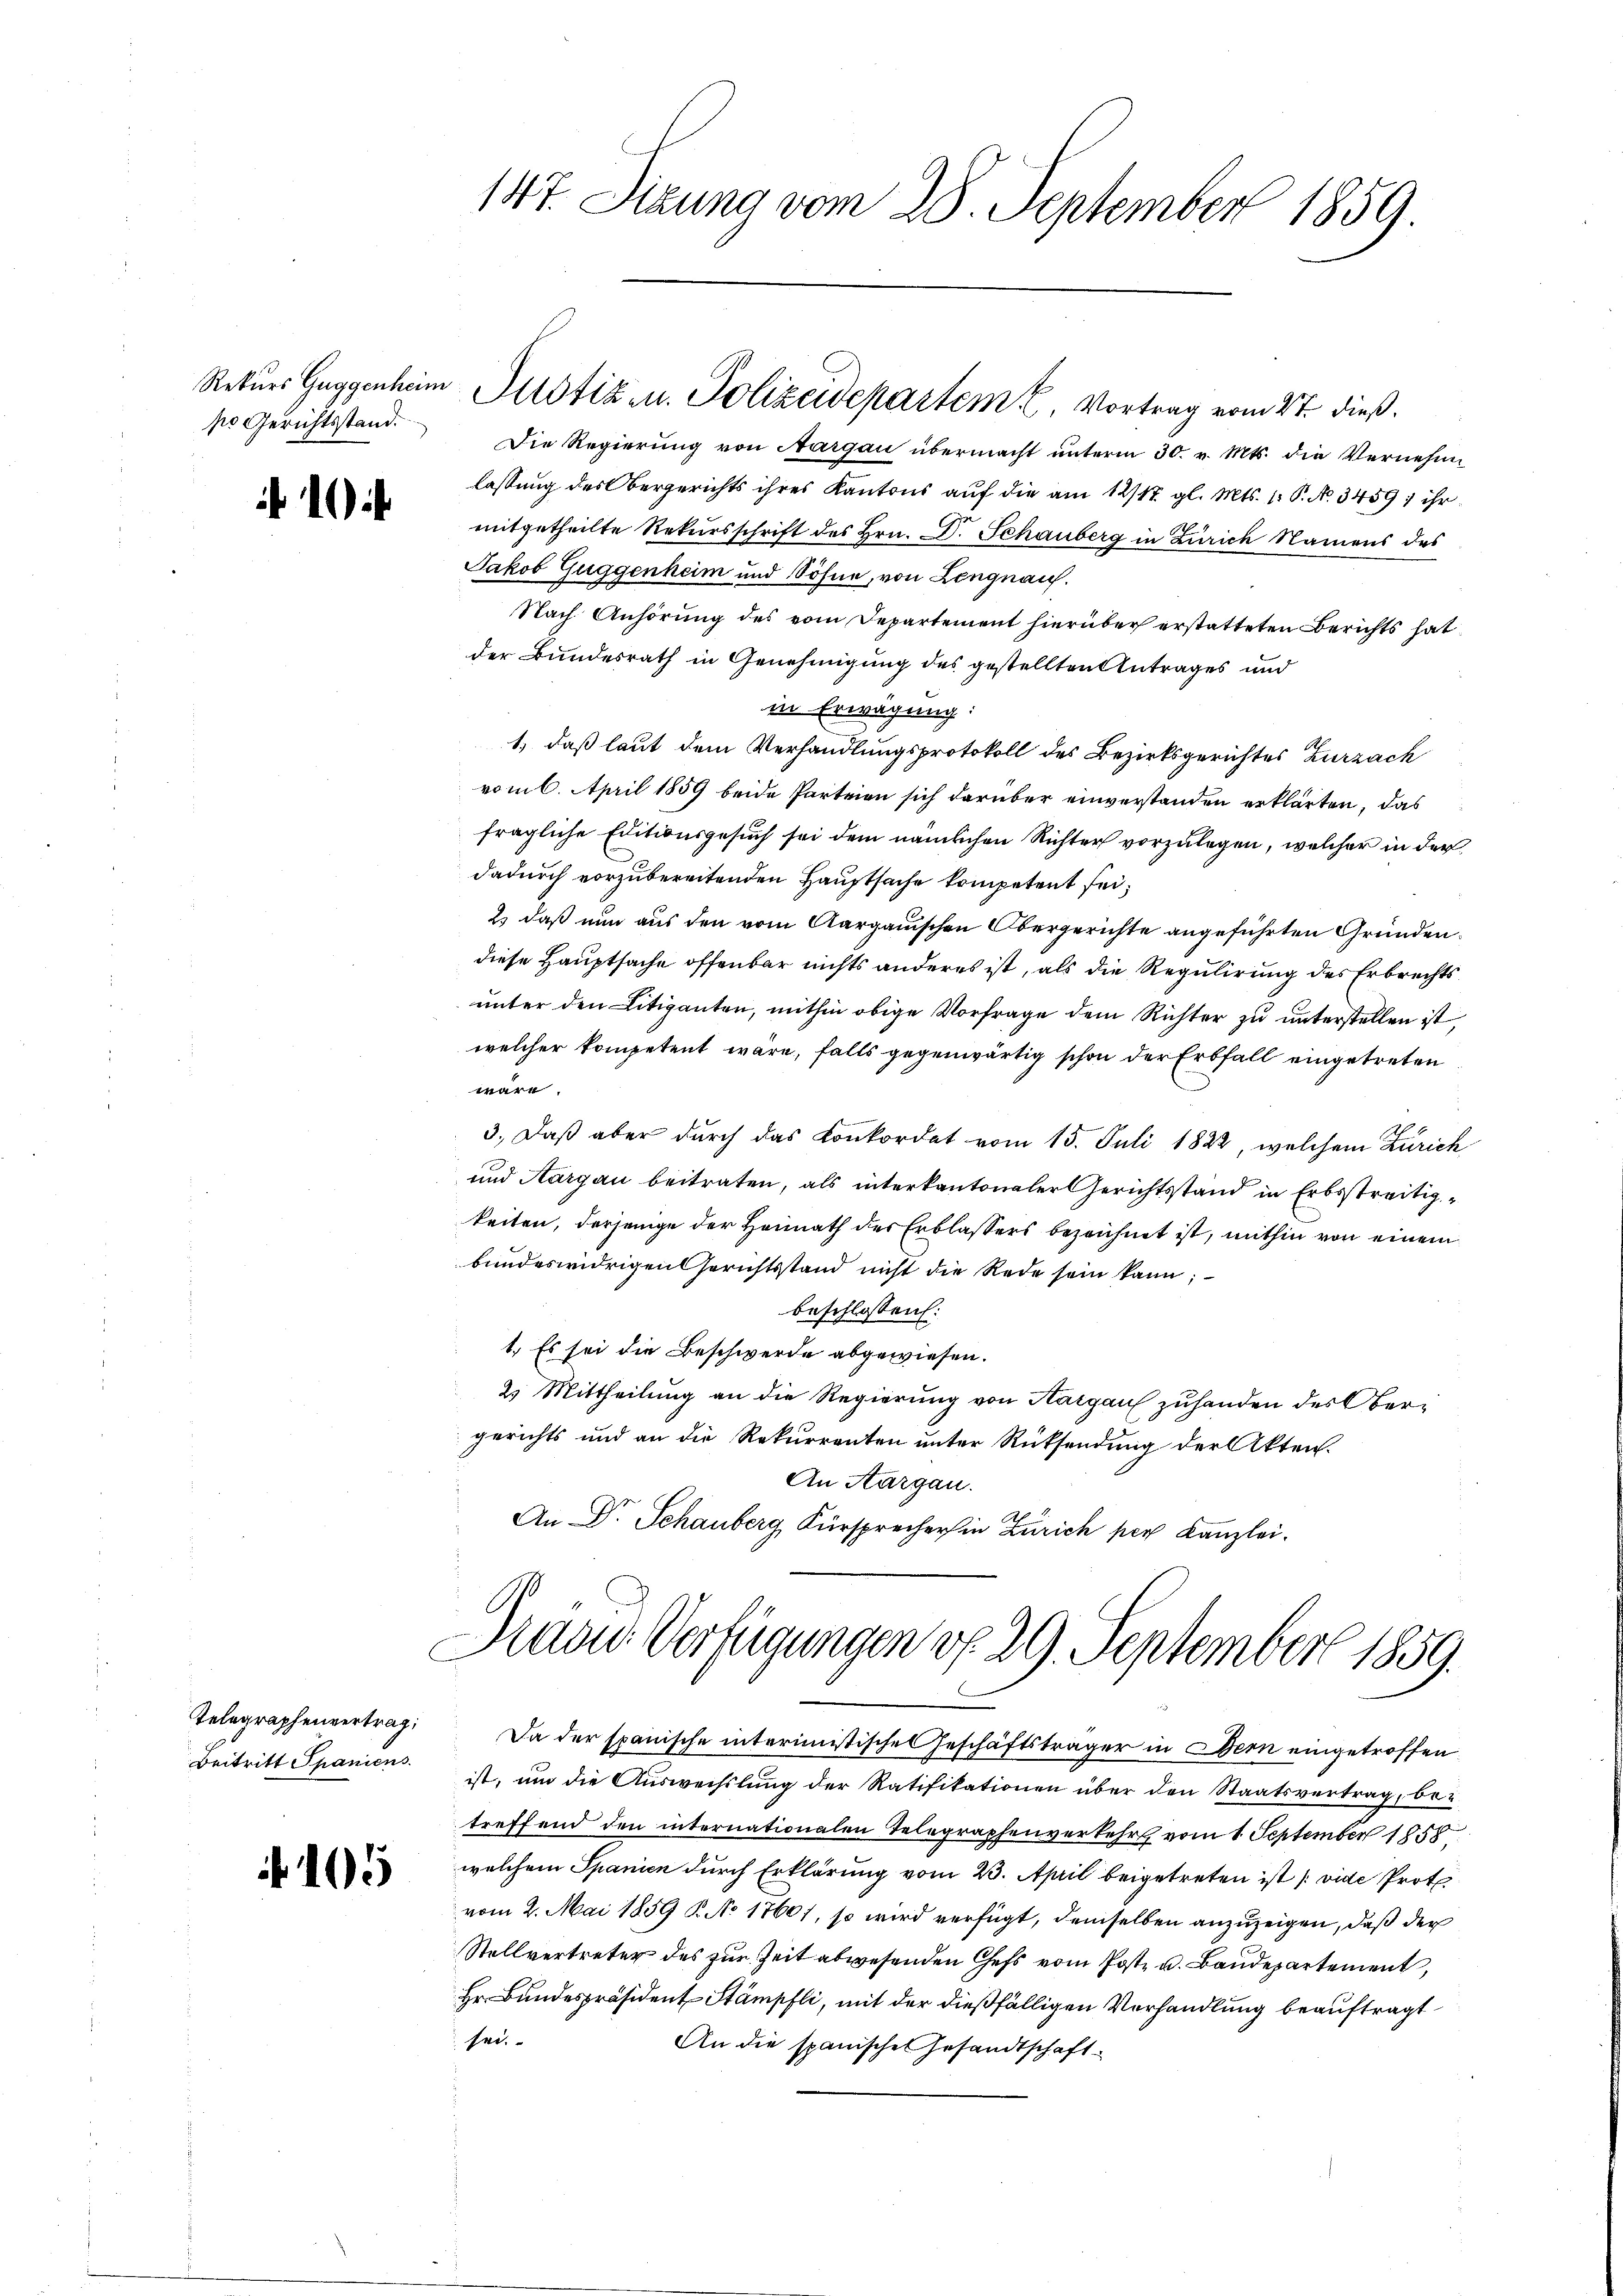
po Gerichtsstand.

10

Telegraphenvertrag:
Beitritt Spaniens

105

147. Sizung vom 28. September 1859.

Die Regierung von Aargau übermacht unterm 30. v. Mts. die Vernehme
lassung des Obergerichts ihres Kantons auf die am 12/12. gl. Mts. 1. P. No. 3459; ihr
mitgetheilte Rekursschrift des Hrn. Dr. Schauberg in Zürich Namens des
Jakob Guggenheim und Söhne, von Lengnauf.
Nach Anhörung des vom Departement hierüber erstatteten Berichts hat
der Bundesrath in Genehmigung des gestellten Antrages und
in Erwägung:
1) daß laut dem Verhandlungsprotokoll des Bezirksgerichtes Zurzach
vom 6. April 1859 beide Parteien sich darüber einverstanden erklärten, das
fragliche Editionsgesuch sei dem nämlichen Richter vorzulegen, welcher in der
dadurch vorzubereitenden Hauptsache kompetent sei,
2) daß nun aus den vom Aargauischen Obergerichte angeführten Gründendiese Hauptsache offenbar nichts anderes ist, als die Regulirung des Erbrechtsunter den Litiganten, mithin obige Vorfrage dem Richter zu unterstellen ist,
welcher kompetent wäre, falls gegenwärtig schon der Erbfall eingetreten
wäre.
3.) Daß aber durch das Konkordat vom 15. Juli 1822, welchem Zürich
und Aargau beitraten, als interkantonaler Gerichtsstand in Erbsstreitigkeiten, derjenige der Heimath der Erblassers bezeichnet ist, mithin von einem
bundeswidrigen Gerichtsstand nicht die Rede sein kann;
beschlossen:
1. Es sei die Beschwerde abgewiesen.
2. Mittheilung an die Regierung von Hargau zuhanden des Obergerichts und an die Rekurrenten unter Rücksendung der Akten.
An Aargau.
An Dr. Schauberg, Fürsprecher in Zürich per Kanzlei.

Rekurs Guggenheim Justiz u. Polizeidepartem 16. Vortrag vom 2ten dieß.

Rasu- Verfügungen d. 29. September 1859.

Da der spanische interimistisches Geschäftsträger in Bern eingetroffen
ist, um die Auswechslung der Ratifikationen über den Staatsvertrag, be-
treffend den internationalen Telegraphenverkehr vom 1. September 1858
welchem Spanien durch Erklärung vom 23. April beigetreten ist (vide Prot
vom 2. Mai 1859 B. No 17601, so wird verfügt, demselben anzuzeigen, daß der
Stellvertreter des zur Zeit abwesenden Chefs vom Post u. Baudepartement,
Hr. Bundespräsident Stämpfli, mit der dießfälligen Verhandlung beauftragt
sei.
An die spanisches Gesandtschaft-